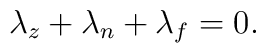
\lambda_z + \lambda_n + \lambda_f = 0.